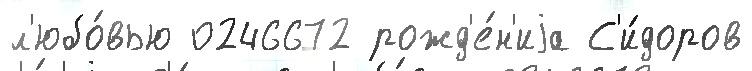
л'юбо́вью 0246672 рожд'е́н'иjа С'и́доров